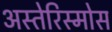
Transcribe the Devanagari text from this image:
अस्तेरिस्मोस